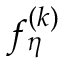
f _ { \eta } ^ { ( k ) }